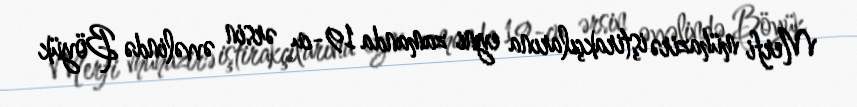
Merfi mühazirə iştirakçılarına eyni zamanda 19-cu ərsin əvvəlində Böyük